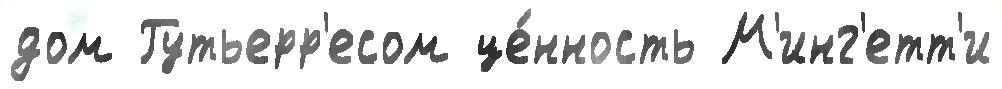
дом Гутьерр'есом це́нность М'инг'етт'и